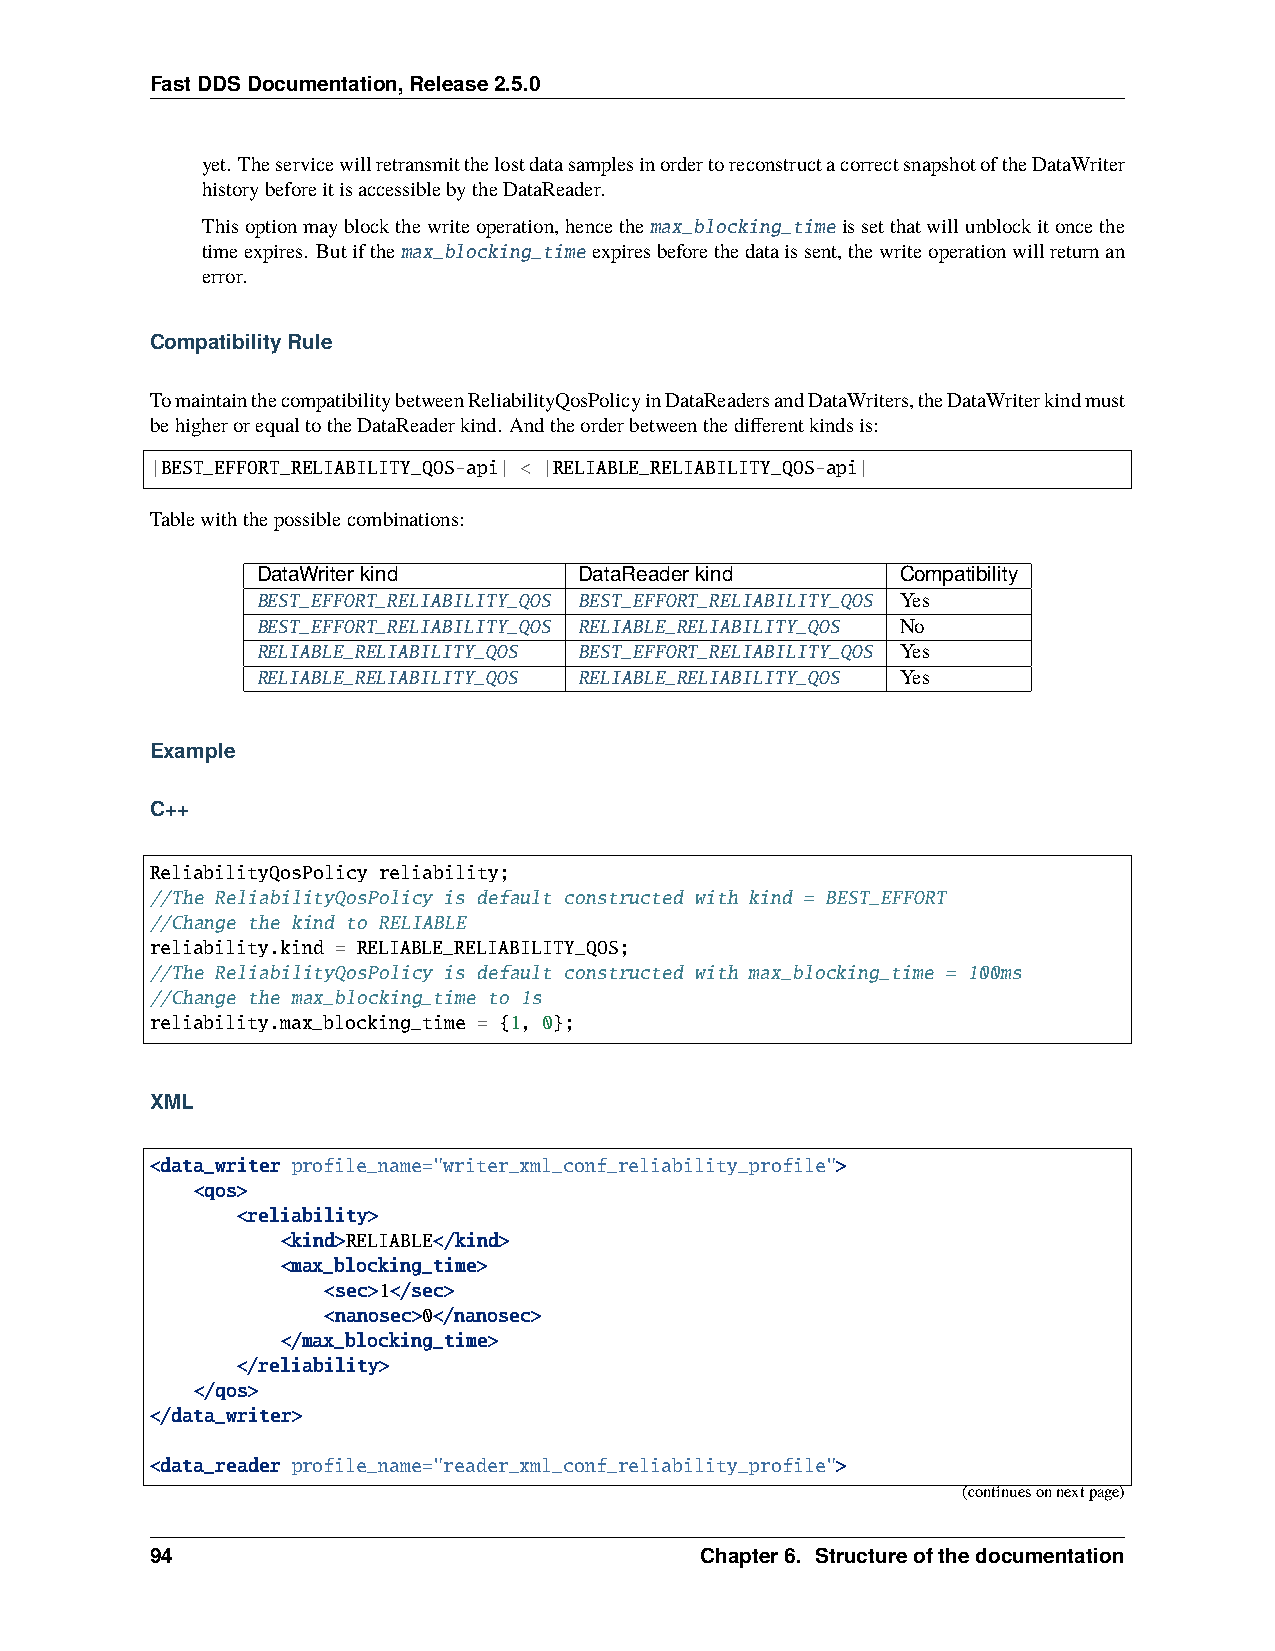
FastDDSDocumentation,Release2.5.0
 yet. TheservicewillretransmitthelostdatasamplesinordertoreconstructacorrectsnapshotoftheDataWriter
 historybeforeitisaccessiblebytheDataReader.
 Thisoptionmayblockthewriteoperation,hencethemax_blocking_timeissetthatwillunblockitoncethe
 timeexpires. Butifthemax_blocking_timeexpiresbeforethedataissent,thewriteoperationwillreturnan
 error.
 CompatibilityRule
 TomaintainthecompatibilitybetweenReliabilityQosPolicyinDataReadersandDataWriters,theDataWriterkindmust
 behigherorequaltotheDataReaderkind. Andtheorderbetweenthedifferentkindsis:
 |BEST_EFFORT_RELIABILITY_QOS-api| < |RELIABLE_RELIABILITY_QOS-api|
 Tablewiththepossiblecombinations:
 DataWriterkind       DataReaderkind        Compatibility
 BEST_EFFORT_RELIABILITY_QOS BEST_EFFORT_RELIABILITY_QOS Yes
 BEST_EFFORT_RELIABILITY_QOS RELIABLE_RELIABILITY_QOS No
 RELIABLE_RELIABILITY_QOS BEST_EFFORT_RELIABILITY_QOS Yes
 RELIABLE_RELIABILITY_QOS RELIABLE_RELIABILITY_QOS Yes
 Example
 C++
 ReliabilityQosPolicy reliability;
 //The ReliabilityQosPolicy is default constructed with kind = BEST_EFFORT
 //Change the kind to RELIABLE
 reliability.kind = RELIABLE_RELIABILITY_QOS;
 //The ReliabilityQosPolicy is default constructed with max_blocking_time = 100ms
 //Change the max_blocking_time to 1s
 reliability.max_blocking_time = {1, 0};
 XML
 <data_writer profile_name="writer_xml_conf_reliability_profile">
 <qos>
 <reliability>
 <kind>RELIABLE</kind>
 <max_blocking_time>
 <sec>1</sec>
 <nanosec>0</nanosec>
 </max_blocking_time>
 </reliability>
 </qos>
 </data_writer>
 <data_reader profile_name="reader_xml_conf_reliability_profile">
 (continuesonnextpage)
 94                                  Chapter6. Structureofthedocumentation